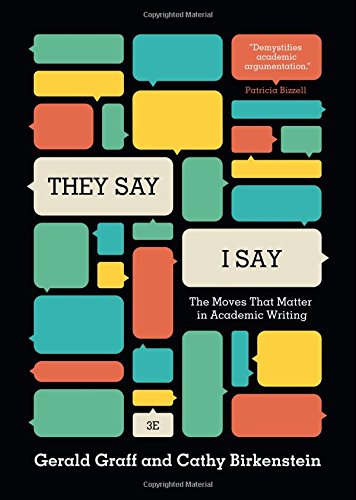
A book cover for "They Say / I Say": The Moves That Matter in Academic Writing (Third Edition); Gerald Graff; Reference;